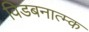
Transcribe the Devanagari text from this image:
विडबनात्म्क